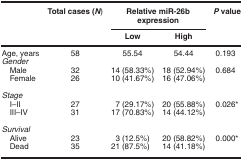
<table><thead><tr><td>[EMPTY_CELL]</td><td><b>Total cases (<i>N</i>)</b></td><td colspan="2"><b>Relative miR-26b expression</b></td><td><b><i>P</i>value</b></td></tr><tr><td>[EMPTY_CELL]</td><td>[EMPTY_CELL]</td><td><b>Low</b></td><td><b>High</b></td><td>[EMPTY_CELL]</td></tr></thead><tbody><tr><td>Age, years</td><td>58</td><td>55.54</td><td>54.44</td><td>0.193</td></tr><tr><td colspan="5"><i>Gender</i></td></tr><tr><td> Male</td><td>32</td><td>14 (58.33%)</td><td>18 (52.94%)</td><td>0.684</td></tr><tr><td> Female</td><td>26</td><td>10 (41.67%)</td><td>16 (47.06%)</td><td>[EMPTY_CELL]</td></tr><tr><td>[EMPTY_CELL]</td><td>[EMPTY_CELL]</td><td>[EMPTY_CELL]</td><td>[EMPTY_CELL]</td><td>[EMPTY_CELL]</td></tr><tr><td colspan="5"><i>Stage</i></td></tr><tr><td> I–II</td><td>27</td><td>7 (29.17%)</td><td>20 (55.88%)</td><td>0.026*</td></tr><tr><td> III–IV</td><td>31</td><td>17 (70.83%)</td><td>14 (44.12%)</td><td>[EMPTY_CELL]</td></tr><tr><td>[EMPTY_CELL]</td><td>[EMPTY_CELL]</td><td>[EMPTY_CELL]</td><td>[EMPTY_CELL]</td><td>[EMPTY_CELL]</td></tr><tr><td colspan="5"><i>Survival</i></td></tr><tr><td> Alive</td><td>23</td><td>3 (12.5%)</td><td>20 (58.82%)</td><td>0.000*</td></tr><tr><td> Dead</td><td>35</td><td>21 (87.5%)</td><td>14 (41.18%)</td><td>[EMPTY_CELL]</td></tr></tbody></table>